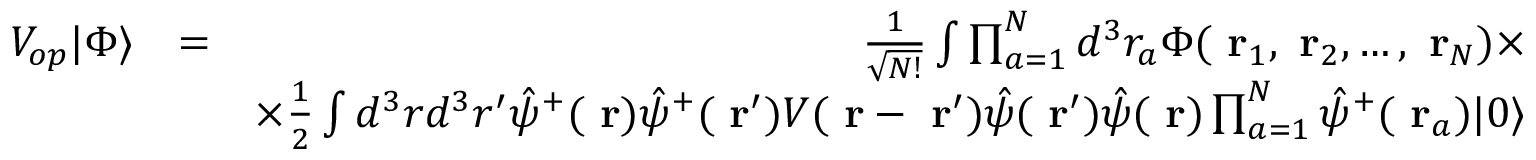
\begin{array} { r l r } { V _ { o p } | \Phi \rangle } & { = } & { \frac { 1 } { \sqrt { N ! } } \int \prod _ { a = 1 } ^ { N } d ^ { 3 } r _ { a } \Phi ( \mathrm { \bf ~ r } _ { 1 } , \mathrm { \bf ~ r } _ { 2 } , \dots , \mathrm { \bf ~ r } _ { N } ) \times } \\ & { } & { \times \frac { 1 } { 2 } \int d ^ { 3 } r d ^ { 3 } r ^ { \prime } \hat { \psi } ^ { + } ( \mathrm { \bf ~ r } ) \hat { \psi } ^ { + } ( \mathrm { \bf ~ r } ^ { \prime } ) V ( \mathrm { \bf ~ r } - \mathrm { \bf ~ r } ^ { \prime } ) \hat { \psi } ( \mathrm { \bf ~ r } ^ { \prime } ) \hat { \psi } ( \mathrm { \bf ~ r } ) \prod _ { a = 1 } ^ { N } \hat { \psi } ^ { + } ( \mathrm { \bf ~ r } _ { a } ) | 0 \rangle } \end{array}